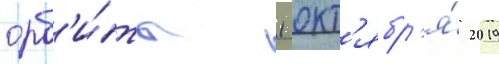
орб'и́ты 1 окт'ябр'я́ 2019